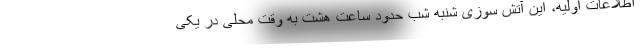
اطلاعات اولیه، این آتش سوزی شنبه شب حدود ساعت هشت به وقت محلی در یکی